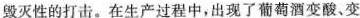
毁灭性的打击。在生产过程中，出现了葡萄酒变酸、变